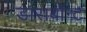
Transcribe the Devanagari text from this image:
डाराबोन्ट